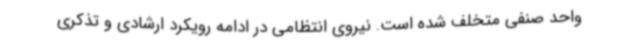
واحد صنفی متخلف شده است. نیروی انتظامی در ادامه رویکرد ارشادی و تذکری